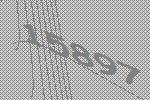
15897